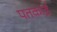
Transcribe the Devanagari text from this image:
पतकाई